Leaving Certificate Examination (including Day School Certificate (Higher) General paper), 1933
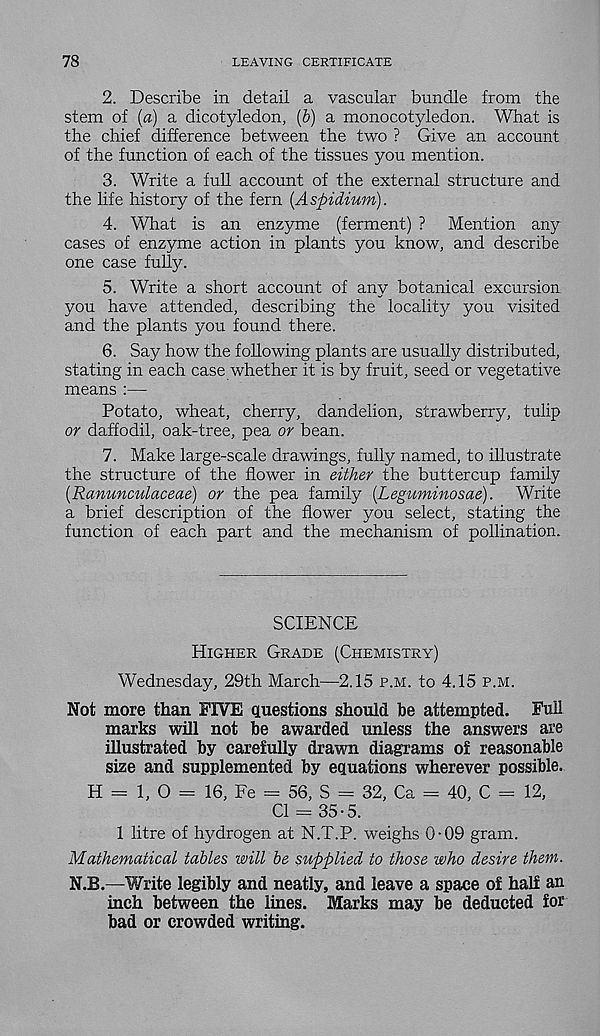
78
LEAVING CERTIFICATE
2. Describe in detail a vascular bundle from the
stem of (a) a dicotyledon, (6) a monocotyledon. What is
the chief difference between the two ? Give an account
of the function of each of the tissues you mention.
3. Write a full account of the external structure and
the life history of the fern [Aspidium).
4. What is an enzyme (ferment) ? Mention any
cases of enzyme action in plants you know, and describe
one case fully.
5. Write a short account of any botanical excursion
you have attended, describing the locality you visited
and the plants you found there.
6. Say how the following plants are usually distributed,
stating in each case whether it is by fruit, seed or vegetative
means :—
Potato, wheat, cherry, dandelion, strawberry, tulip
or daffodil, oak-tree, pea or bean.
7. Make large-scale drawings, fully named, to illustrate
the structure of the flower in either the buttercup family
(Ranunculaceae) or the pea family (Leguminosae). Write
a brief description of the flower you select, stating the
function of each part and the mechanism of pollination.
SCIENCE
Higher Grade (Chemistry)
Wednesday, 29th March—2.15 p.m. to 4.15 p.m.
Not more than FIVE questions should be attempted. Full
marks will not be awarded unless the answers are
illustrated by carefully drawn diagrams of reasonable
size and supplemented by equations wherever possible.
H = 1, O = 16, Fe = 56, S = 32, Ca = 40, C = 12,
Cl = 35-5.
1 litre of hydrogen at N.T.P. weighs 0-09 gram.
Mathematical tables will be supplied to those who desire them.
N.3B.—Write legibly and neatly, and leave a space of half an
inch between the lines. Marks may be deducted for
bad or crowded writing.